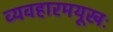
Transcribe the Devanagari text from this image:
व्यवहारमयूखः